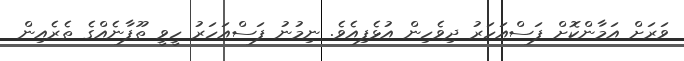
ވަރަށް އަމާންކޮށް ފަސްއަހަރު ދިވެހިން އުޅެފިއެވެ. ނިމުނު ފަސްއަހަރު ހީވީ ތޫފާނެއްގެ ތެރެއިން